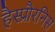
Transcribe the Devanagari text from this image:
हैस्प्रौरनिस